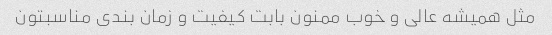
مثل همیشه عالی و خوب ممنون بابت کیفیت و زمان بندی مناسبتون